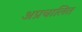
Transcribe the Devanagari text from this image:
अप्रचालित